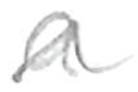
Text: a
Cross-out: wave
Writing tool: pencil